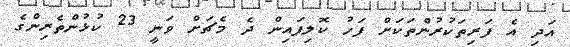
އަދި އެ ފަރިތަކުރުންތަކަށް ފަހު ކޮލިފައިން ދެ މެޗަށް ވަނީ 23 ކުޅުންތެރިންގެ